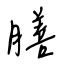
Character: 膳